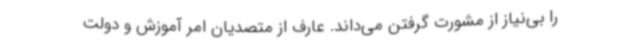
را بی‌نیاز از مشورت گرفتن می‌داند. عارف از متصدیان امر آموزش و دولت